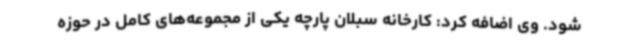
شود. وی اضافه کرد: کارخانه سبلان پارچه یکی از مجموعه‌های کامل در حوزه